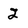
Character: 2